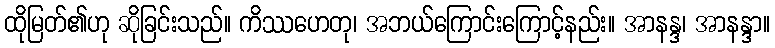
ထိုမြတ်၏ဟု ဆိုခြင်းသည်။ ကိဿဟေတု၊ အဘယ်ကြောင်းကြောင့်နည်း။ အာနန္ဒ၊ အာနန္ဒာ။